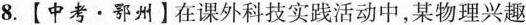
8.【中考·鄂州】在课外科技实践活动中，某物理兴趣